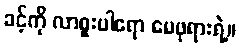
ခင့်ကို လာစူးပါရော မေဖုရားရဲ့။